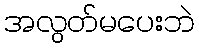
အလွတ်မပေးဘဲ